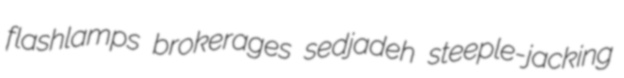
flashlamps brokerages sedjadeh steeple-jacking